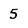
Character: 5